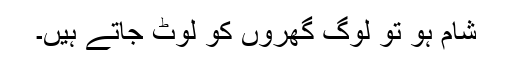
شام ہو تو لوگ گھروں کو لوٹ جاتے ہیں۔